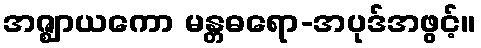
အဇ္ဈာယကော မန္တဓရော-အပုဒ်အဖွင့်။